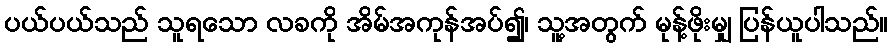
ပယ်ပယ်သည် သူရသော လခကို အိမ်အကုန်အပ်၍၊ သူ့အတွက် မုန့်ဖိုးမျှ ပြန်ယူပါသည်။